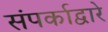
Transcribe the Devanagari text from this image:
संपर्काद्वारे